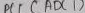
Text: ADC1